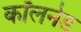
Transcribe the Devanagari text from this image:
कॉलनेड